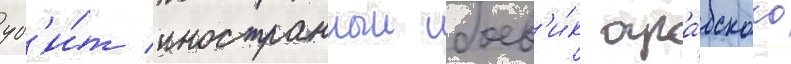
уб'и́т иностранныи боев'и́к ара́бского